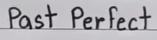
Past Perfect